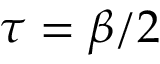
\tau = \beta / 2